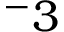
^ - 3